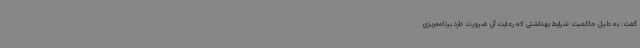
گفت: به دلیل حاکمیت شرایط بهداشتی که رعایت آن ضرورت دارد برنامه‌ریزی